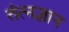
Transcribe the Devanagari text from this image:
तंत्नज्ञान